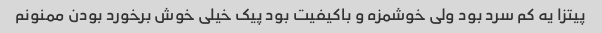
پیتزا یه کم سرد بود ولی خوشمزه و باکیفیت بود پیک خیلی خوش برخورد بودن ممنونم